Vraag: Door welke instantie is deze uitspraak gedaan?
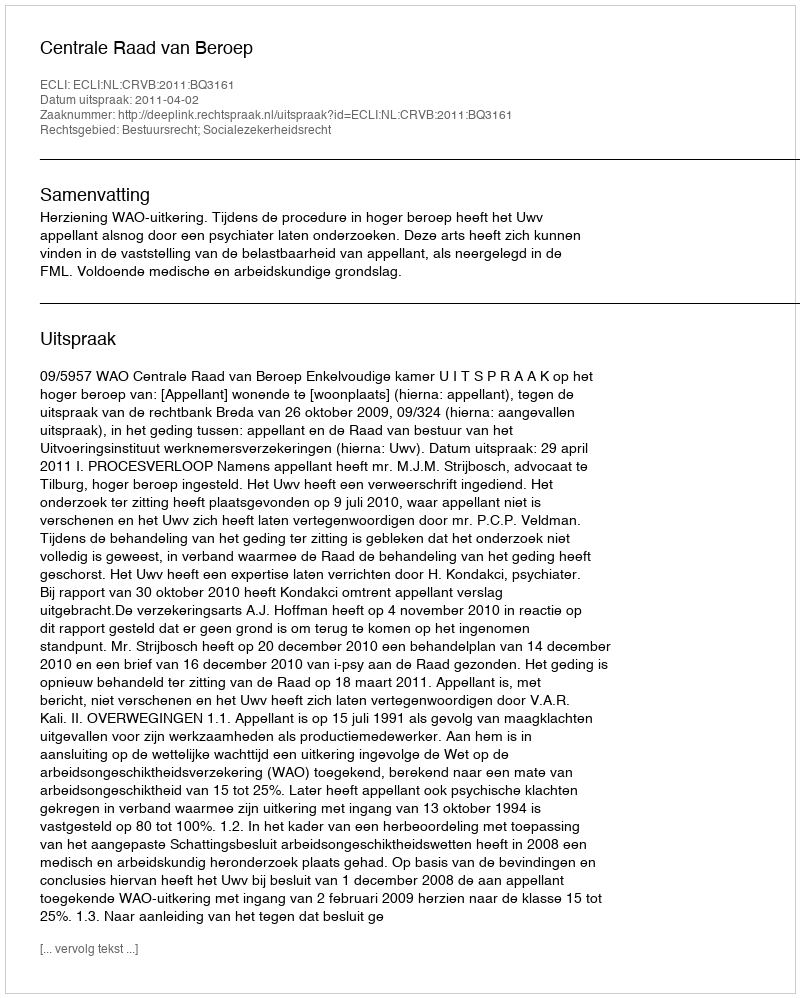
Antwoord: Centrale Raad van Beroep